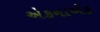
એકનાએક